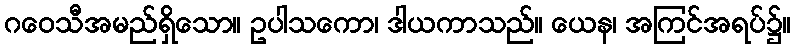
ဂဝေသီအမည်ရှိသော။ ဥပါသကော၊ ဒါယကာသည်။ ယေန၊ အကြင်အရပ်၌။